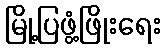
မြို့ပြဖွံ့ဖြိုးရေး